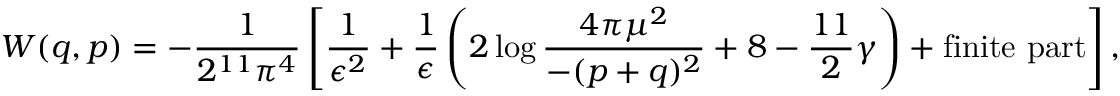
{ \cal W } ( q , p ) = - \frac { 1 } { 2 ^ { 1 1 } \pi ^ { 4 } } \left[ \frac { 1 } { \epsilon ^ { 2 } } + \frac { 1 } { \epsilon } \left( 2 \log \frac { 4 \pi \mu ^ { 2 } } { - ( p + q ) ^ { 2 } } + 8 - \frac { 1 1 } { 2 } \gamma \right) + \mathrm { f i n i t e ~ p a r t } \right] , \,